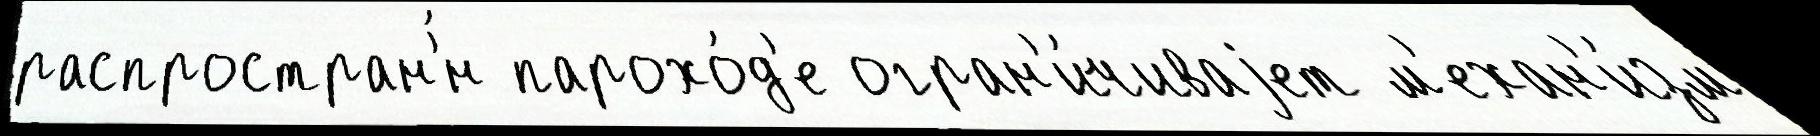
распростран'́н парохо́д'е огран'и́чиваjет м'ехан'и́зм